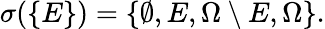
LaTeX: \sigma(\{ E\} )=\{ \emptyset,E,\Omega\setminus E,\Omega\} .